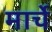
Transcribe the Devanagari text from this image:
मार्चे